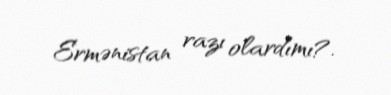
Ermənistan razı olardımı?.